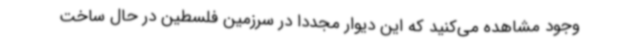
وجود مشاهده می‌کنید که این دیوار مجدداً در سرزمین فلسطین در حال ساخت